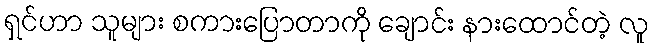
ရှင်ဟာ သူများ စကားပြောတာကို ချောင်း နားထောင်တဲ့ လူ